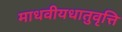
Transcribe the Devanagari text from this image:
माधवीयधातुवृत्ति